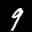
Label: 9